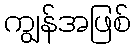
ကျွန်အဖြစ်